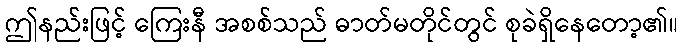
ဤနည်းဖြင့် ကြေးနီ အစစ်သည် ဓာတ်မတိုင်တွင် စုခဲရှိနေတော့၏။